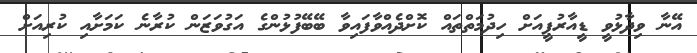
އޭނާ ވިދާޅުވީ ޑީއާރުޕީއަށް ހިދުމަތްތައް ކޮށްދެއްވާފައިވާ ބޭބޭފުޅުންގެ އަގުވަޒަން ކުރާނެ ކަމަށާއި ކުރިއަށް